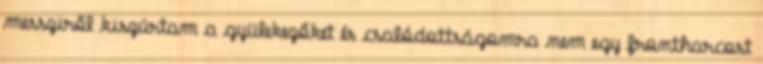
messziről kiszúrtam a gyülekezőket és csalódottságomra nem egy frontharcost